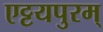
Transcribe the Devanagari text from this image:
एट्टयपुरम्